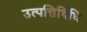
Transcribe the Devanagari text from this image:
उत्पत्तिविधि